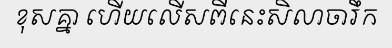
ខុសគ្នា ហើយលើសពីនេះសិលាចារឹក